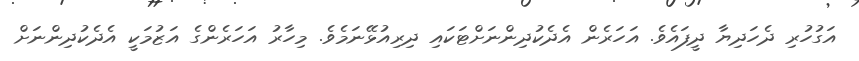
އަގުހުރި ދެހަދިޔާ ދީފައެވެ. އަހަރެން އެދެކުދިންނަށްޓަކައި ދިރިއުޅޭނަމެވެ. މިހާރު އަހަރެންގެ އަޒުމަކީ އެދެކުދިންނަށް